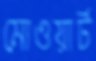
মোওয়ার্ট